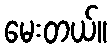
မေးတယ်။